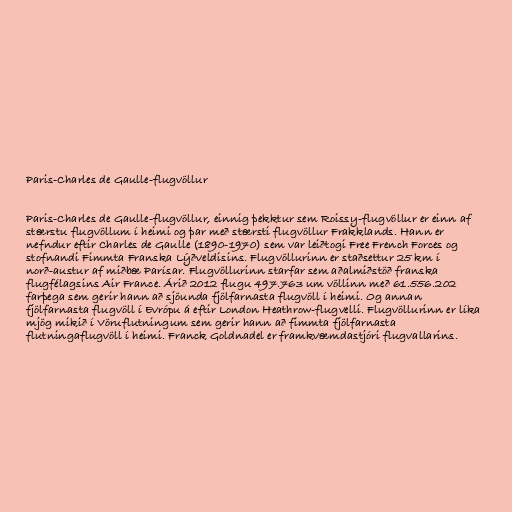
Paris-Charles de Gaulle-flugvöllur

Paris-Charles de Gaulle-flugvöllur, einnig þekktur sem Roissy-flugvöllur er einn af
stærstu flugvöllum í heimi og þar með stærsti flugvöllur Frakklands. Hann er
nefndur eftir Charles de Gaulle (1890-1970) sem var leiðtogi Free French Forces og
stofnandi Fimmta Franska Lýðveldisins. Flugvöllurinn er staðsettur 25 km í
norð-austur af miðbæ Parísar. Flugvöllurinn starfar sem aðalmiðstöð franska
flugfélagsins Air France. Árið 2012 flugu 497.763 um völlinn með 61.556.202
farþega sem gerir hann að sjöunda fjölfarnasta flugvöll í heimi. Og annan
fjölfarnasta flugvöll í Evrópu á eftir London Heathrow-flugvelli. Flugvöllurinn er líka
mjög mikið í Vöruflutningum sem gerir hann að fimmta fjölfarnasta
flutningaflugvöll í heimi. Franck Goldnadel er framkvæmdastjóri flugvallarins.